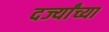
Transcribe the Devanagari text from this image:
दर्ज्यांच्या